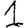
Digit: 1